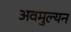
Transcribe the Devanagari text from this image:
अवमुल्यन